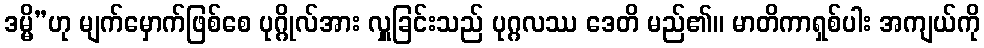
ဒမ္မိ”ဟု မျက်မှောက်ဖြစ်စေ ပုဂ္ဂိုလ်အား လှူခြင်းသည် ပုဂ္ဂလဿ ဒေတိ မည်၏။ မာတိကာရှစ်ပါး အကျယ်ကို